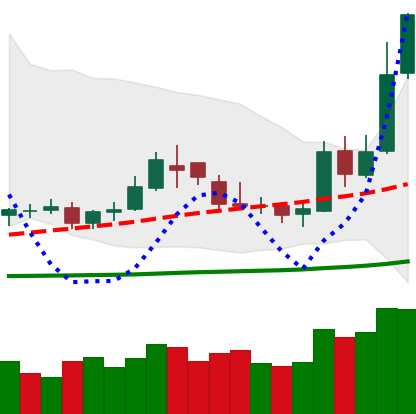
Ticker: DOGE-USD
Chart end date: 2019-05-15
Forward return: -8.071%
Label: down_7plus